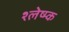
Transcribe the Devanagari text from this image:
श्लेष्म्क